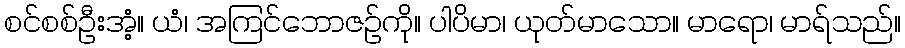
စင်စစ်ဦးအံ့။ ယံ၊ အကြင်ဘောဇဉ်ကို။ ပါပိမာ၊ ယုတ်မာသော။ မာရော၊ မာရ်သည်။